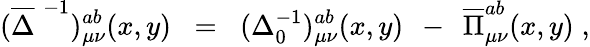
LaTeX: (\overline{{{\Delta}}}^{\; -1})_{\mu\nu}^{ab}(x,y)\; \; =\; \; (\Delta_{0}^{-1})_{\mu\nu}^{ab}(x,y)\; \, -\; \, \overline{{{\Pi}}}_{\mu\nu}^{ab}(x,y)\; ,